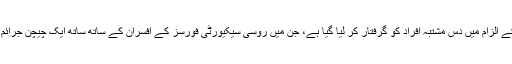
اب ٹھیک ایک سال بعد اُن کے قتل کے الزام میں دَس مشتبہ افراد کو گرفتار کر لیا گیا ہے، جن میں روسی سیکیورٹی فورسز کے افسران کے ساتھ ساتھ ایک چیچن جرائم پیشہ گروہ کا سربراہ بھی شامل ہے۔